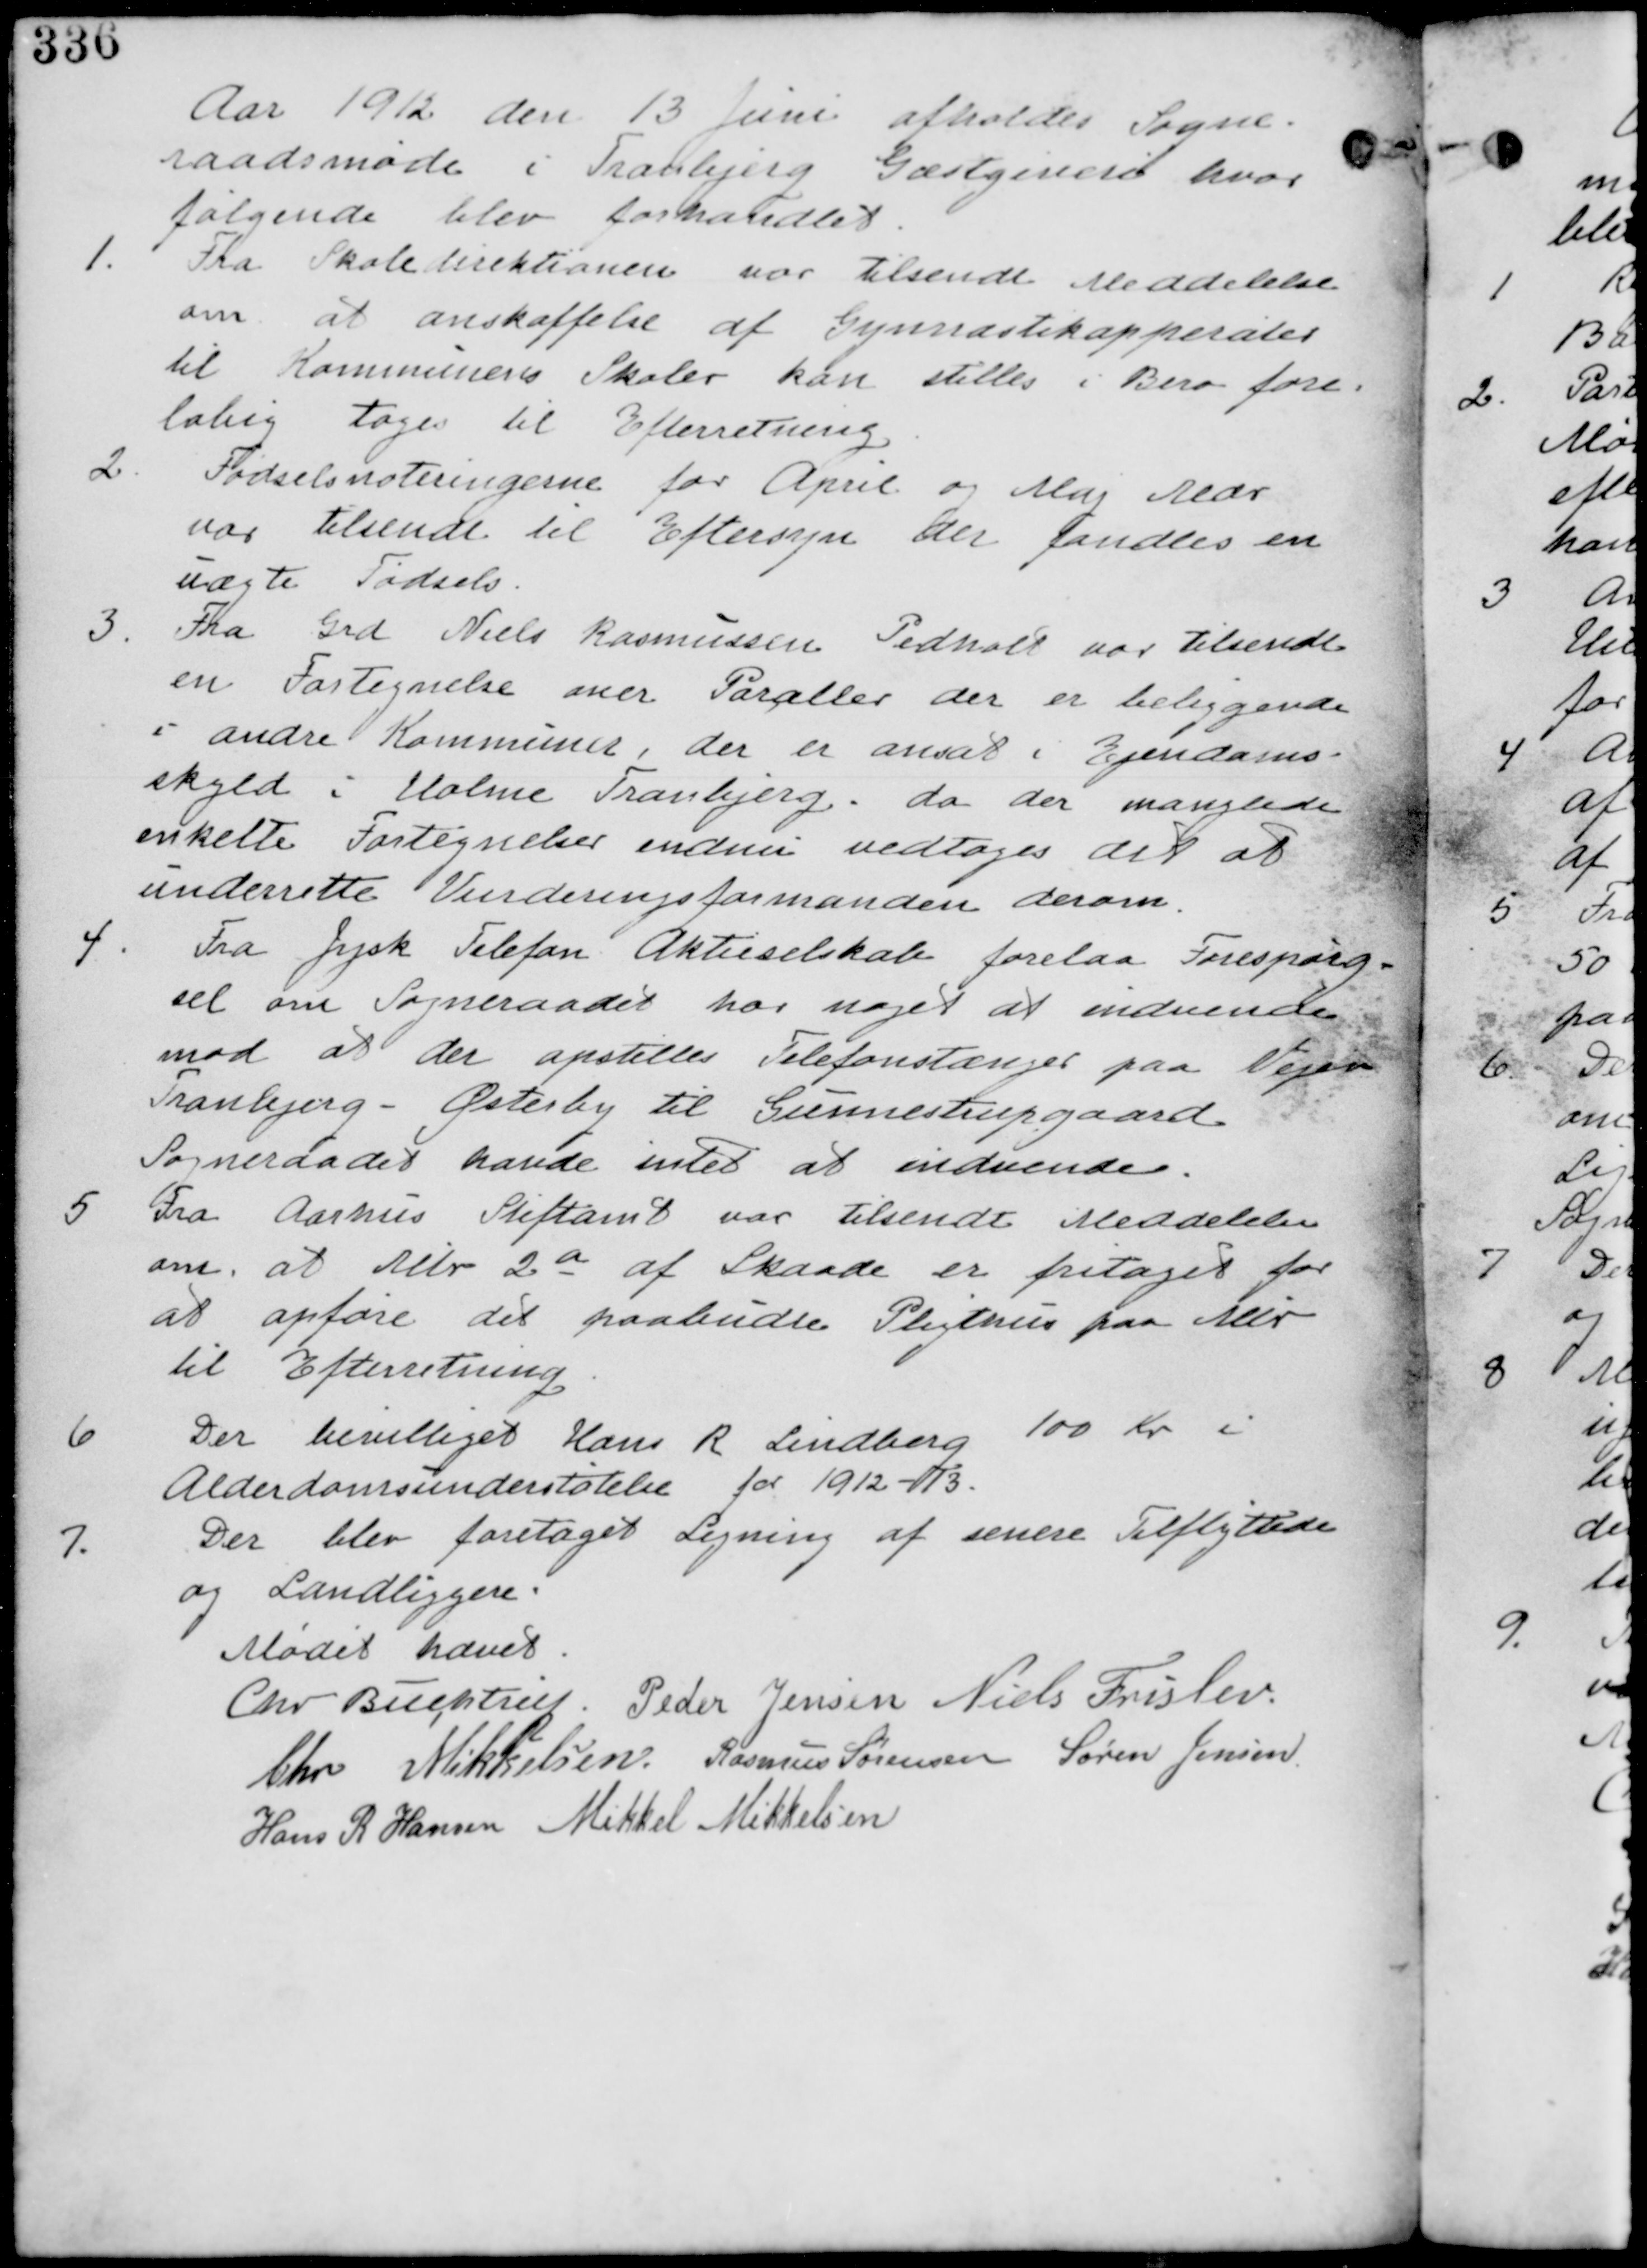
Transskription:
Aar 1912 den 13 Juni afholdes Sogne-
raadsmøde i Tranbjerg Gæstgiveri hvor
følgende blev forhandlet.

1. Fra Skoledirektionen var tilsendt Meddelelse
om at anskaffelse af Gymnastikapparater
til Kommunens Skoler kan stilles i Bero fore-
løbig tages til Efterretning

2. Fødselsnoteringerne for April og Maj Mdr
var tilsendt til Eftersyn der fandtes en
uægte fødsels

3. Fra Grd Niels Rasmussen Pedholt var tilsendt
en Fortegnelse over Paraller der er beliggende
i andre Kommuner, der er ansat i Ejendoms-
skyld i Holme Tranbjerg. da der manglede
enkelte Fortegnelser endnu vedtages det at
underrette Vurderingsmanden derom.

4. Fra Jysk Telefon Aktieselskab forelaa Forespørg
sel om Sogneraadet har noget at indvende
mod at der opstilles Telefonstænger paa Vejen
Tranbjerg-Østeby til Grumstrupgaard
Sogneraadet havde intet at indvende.

5. Fra Aarhus Stiftamt var tilsendt Meddelelse
om, at Mtr 2a af Skaade er fritaget for
at opføre det paabudte Pligthus paa Mtr
til Efterretning.

6. Der bevilliget Hans R Lindberg 100 Kr i
Alderdomsunderstøttelse for 19123-13.

7.
Der blev foretaget Ligning af senere Tilflyttere
og Landliggere.

Mødet hævet
Chr Buchtrup, Peder Jensen Niels Frislev
Chr Mikkelsen, Rasmus Sørensen Søren Jensen
Hans R Hansen Mikkel Mikkelsen